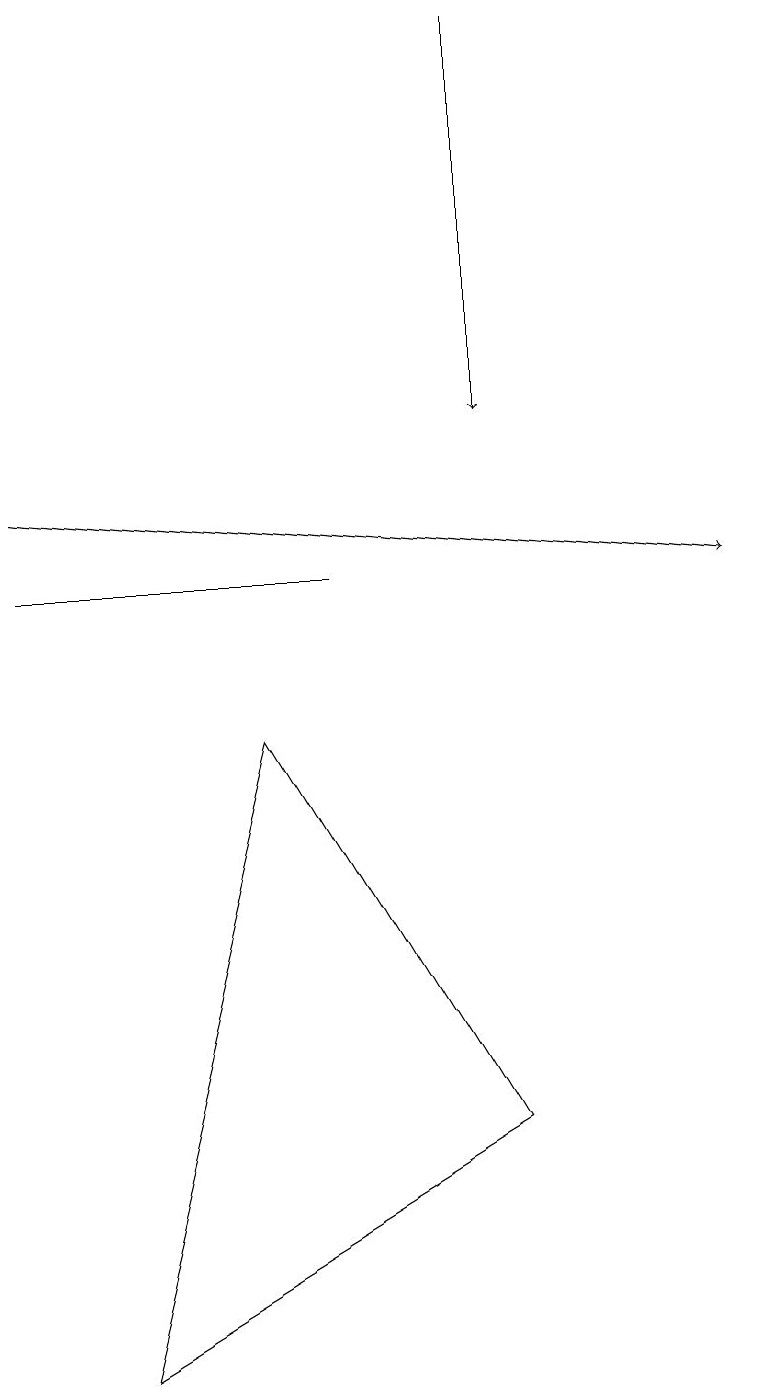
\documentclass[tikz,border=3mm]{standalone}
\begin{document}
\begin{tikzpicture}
\draw (6,4) -- (3,9) -- (1,1) -- cycle;
\draw[->] (0,12) -- (9,11);
\draw[->] (6,18) -- (6,13);
\draw (4,11) rectangle (0,11);
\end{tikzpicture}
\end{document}